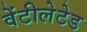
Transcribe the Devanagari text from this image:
वेंटीलेटेड